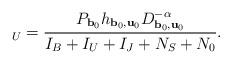
LaTeX: \begin{align*}_U = \frac{P_{\mathbf{b}_0} h_{\mathbf{b}_0, \mathbf{u}_0} D_{\mathbf{b}_0, \mathbf{u}_0}^{-\alpha}}{I_B + I_U + I_J + N_S +N_0}.\end{align*}